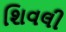
શિવલી